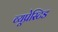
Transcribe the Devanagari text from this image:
व्यूप्रेस्टिड